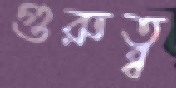
গুরুত্ব্ব